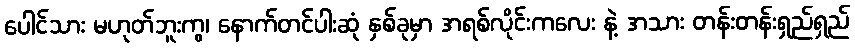
ပေါင်သား မဟုတ်ဘူးကွ၊ နောက်တင်ပါးဆုံ နှစ်ခုမှာ အရစ်လိုင်းကလေး နဲ့ အသား တန်းတန်းရှည်ရှည်